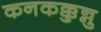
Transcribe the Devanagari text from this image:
कनकक्कुन्नु